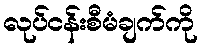
လုပ်ငန်းစီမံချက်ကို